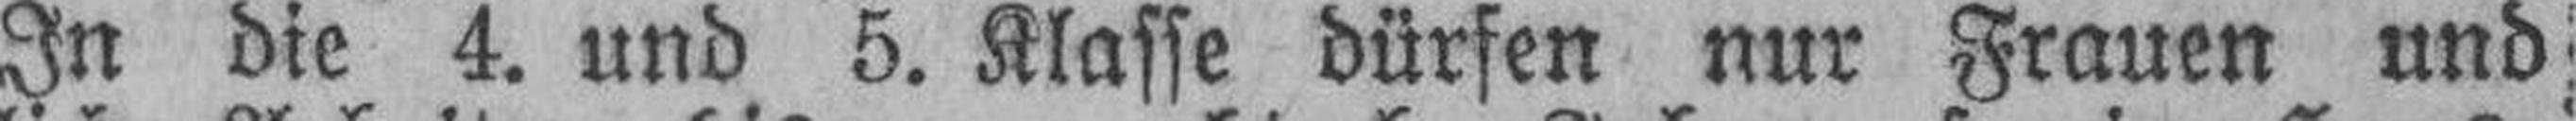
In die 4. und 5. Klasse dürfen nur Frauen und